Vaccination in the Punjab 1919-1929 - 1919-1929
Year: 1919
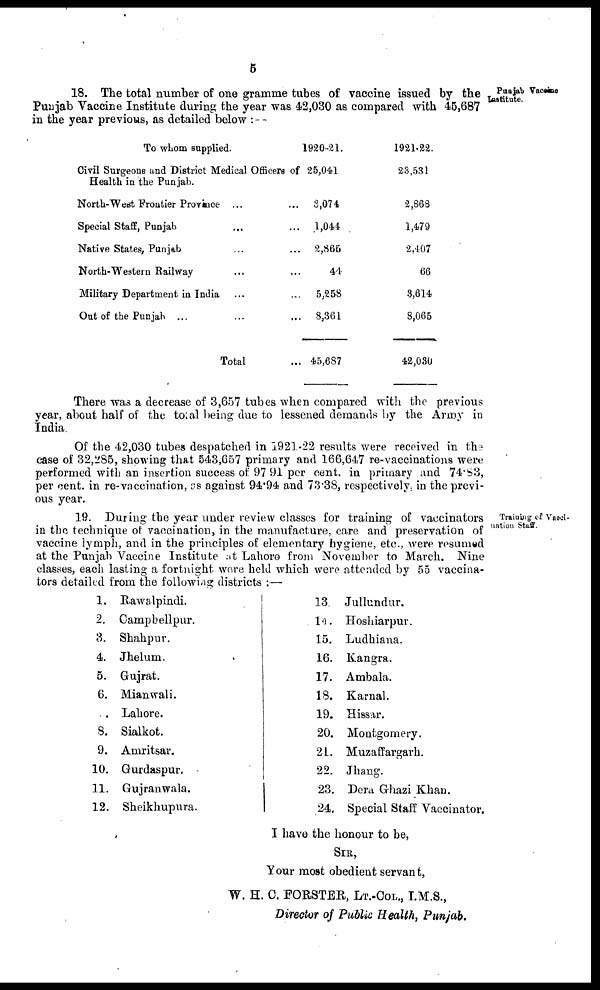
5
Punjab Vaccine
Institute.
18. The total number of one gramme tubes of vaccine issued by the
Punjab Vaccine Institute during the year was 42,030 as compared with 45,687
in the year previous, as detailed below : —
To whom supplied.
Civil Surgeons and District Medical Officers of
Health in the Punjab.
North-West Frontier Province ...
Special Staff, Punjab
Native States, Punjab
North-Western Railway
Military Department in India
Out of the Punjab ...
Total
1920-21.
25,041
3,074
1,044
2,865
44
5,258
8,361
45,687
1921-22.
23,531
2,868
1,479
2,407
66
3,614
8,065
42,030
There was a decrease of 3,657 tubes when compared with the previous
year, about half of the total being due to lessened demands by the Army in
India.
Of the 42,030 tubes despatched in 1921-22 results were received in the
case of 32,285, showing that 543,657 primary and 166,647 re-vaccinations were
performed with an insertion success of 97.91 per cent. in primary and 74.83,
per cent. in re-vaccination, as against 94.94 and 73.38, respectively, in the previ-
ous year.
Training of Vacci¬
nation Staff.
19. During the year under review classes for training of vaccinators
in the technique of vaccination, in the manufacture, care and preservation of
vaccine lymph, and in the principles of elementary hygiene, etc., were resumed
at the Punjab Vaccine Institute at Lahore from November to March. Nine
classes, each lasting a fortnight were held which were attended by 55 vaccina¬
tors detailed from the following districts :—
1.
2.
3.
4.
5.
6.
7.
8.
9.
10.
11.
12.
Rawalpindi.
Campbellpur.
Shahpur.
Jhelum.
Gujrat.
Mianwali.
Lahore.
Sialkot.
Amritsar.
Gurdaspur.
Gujranwala.
Sheikhupura.
13
14.
15.
16.
17.
18.
19.
20.
21.
22.
23.
24.
Jullundur.
Hoshiarpur.
Ludhiana.
Kangra.
Ambala.
Karnal.
Hissar.
Montgomery.
Muzaffargarh.
Jhang.
Dera Ghazi Khan.
Special Staff Vaccinator.
I have the honour to be,
SIR,
Your most obedient servant,
W. H. C. FORSTER, LT.-COL., I.M.S.,
Director of Public Health, Punjab.